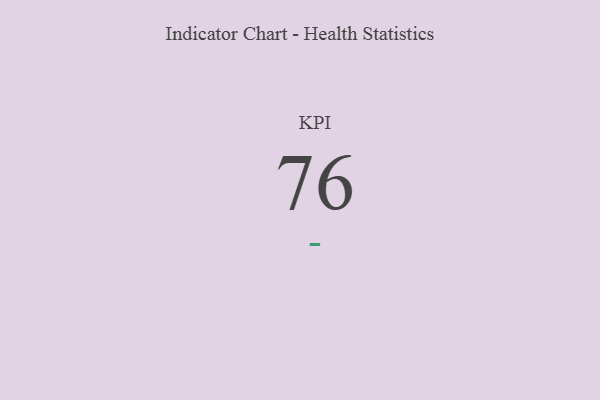
{"axis": {"x": "KPI", "y": "Value"}, "legend": [""], "data": [{"x": "KPI", "y": 76, "type": ""}]}